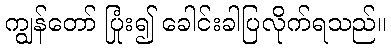
ကျွန်တော် ပြုံး၍ ခေါင်းခါပြလိုက်ရသည်။